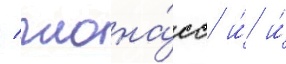
/ глона́сс и́ и́